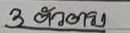
3 ตัวตรง